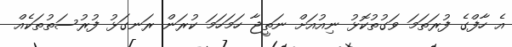
އެ ހާފްގެ ފުރަތަމަ ވަގުތުކޮޅު ނިއުއަށް ނަތީޖާ ހަމަހަމަ ކުރަން ރަނގަޅު ފުރުސަތުތަކެއް